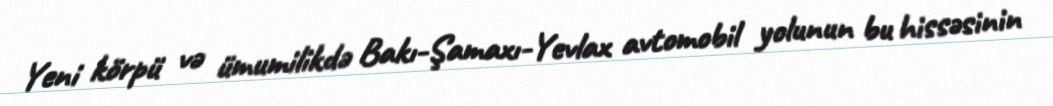
Yeni körpü və ümumilikdə Bakı-Şamaxı-Yevlax avtomobil yolunun bu hissəsinin